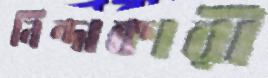
নিন্দাকারী